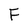
Character: F